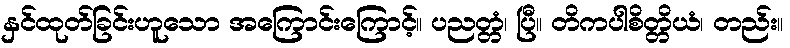
နှင်ထုတ်ခြင်းဟူသော အကြောင်းကြောင့်။ ပညတ္တံ၊ ပြီ။ တိကပါစိတ္တိယံ၊ တည်း။